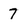
Character: 7